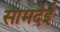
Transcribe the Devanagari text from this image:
सामदेई